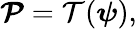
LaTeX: \boldsymbol{\mathcal{P}}=\mathcal{T}(\boldsymbol{\psi}),